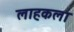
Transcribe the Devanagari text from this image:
लाहकला